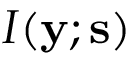
I ( \mathbf { y } ; \mathbf { s } )